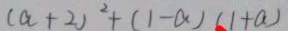
( a + 2 ) ^ { 2 } + ( 1 - a ) ( 1 + a )